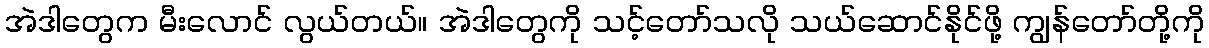
အဲဒါတွေက မီးလောင် လွယ်တယ်။ အဲဒါတွေကို သင့်တော်သလို သယ်ဆောင်နိုင်ဖို့ ကျွန်တော်တို့ကို